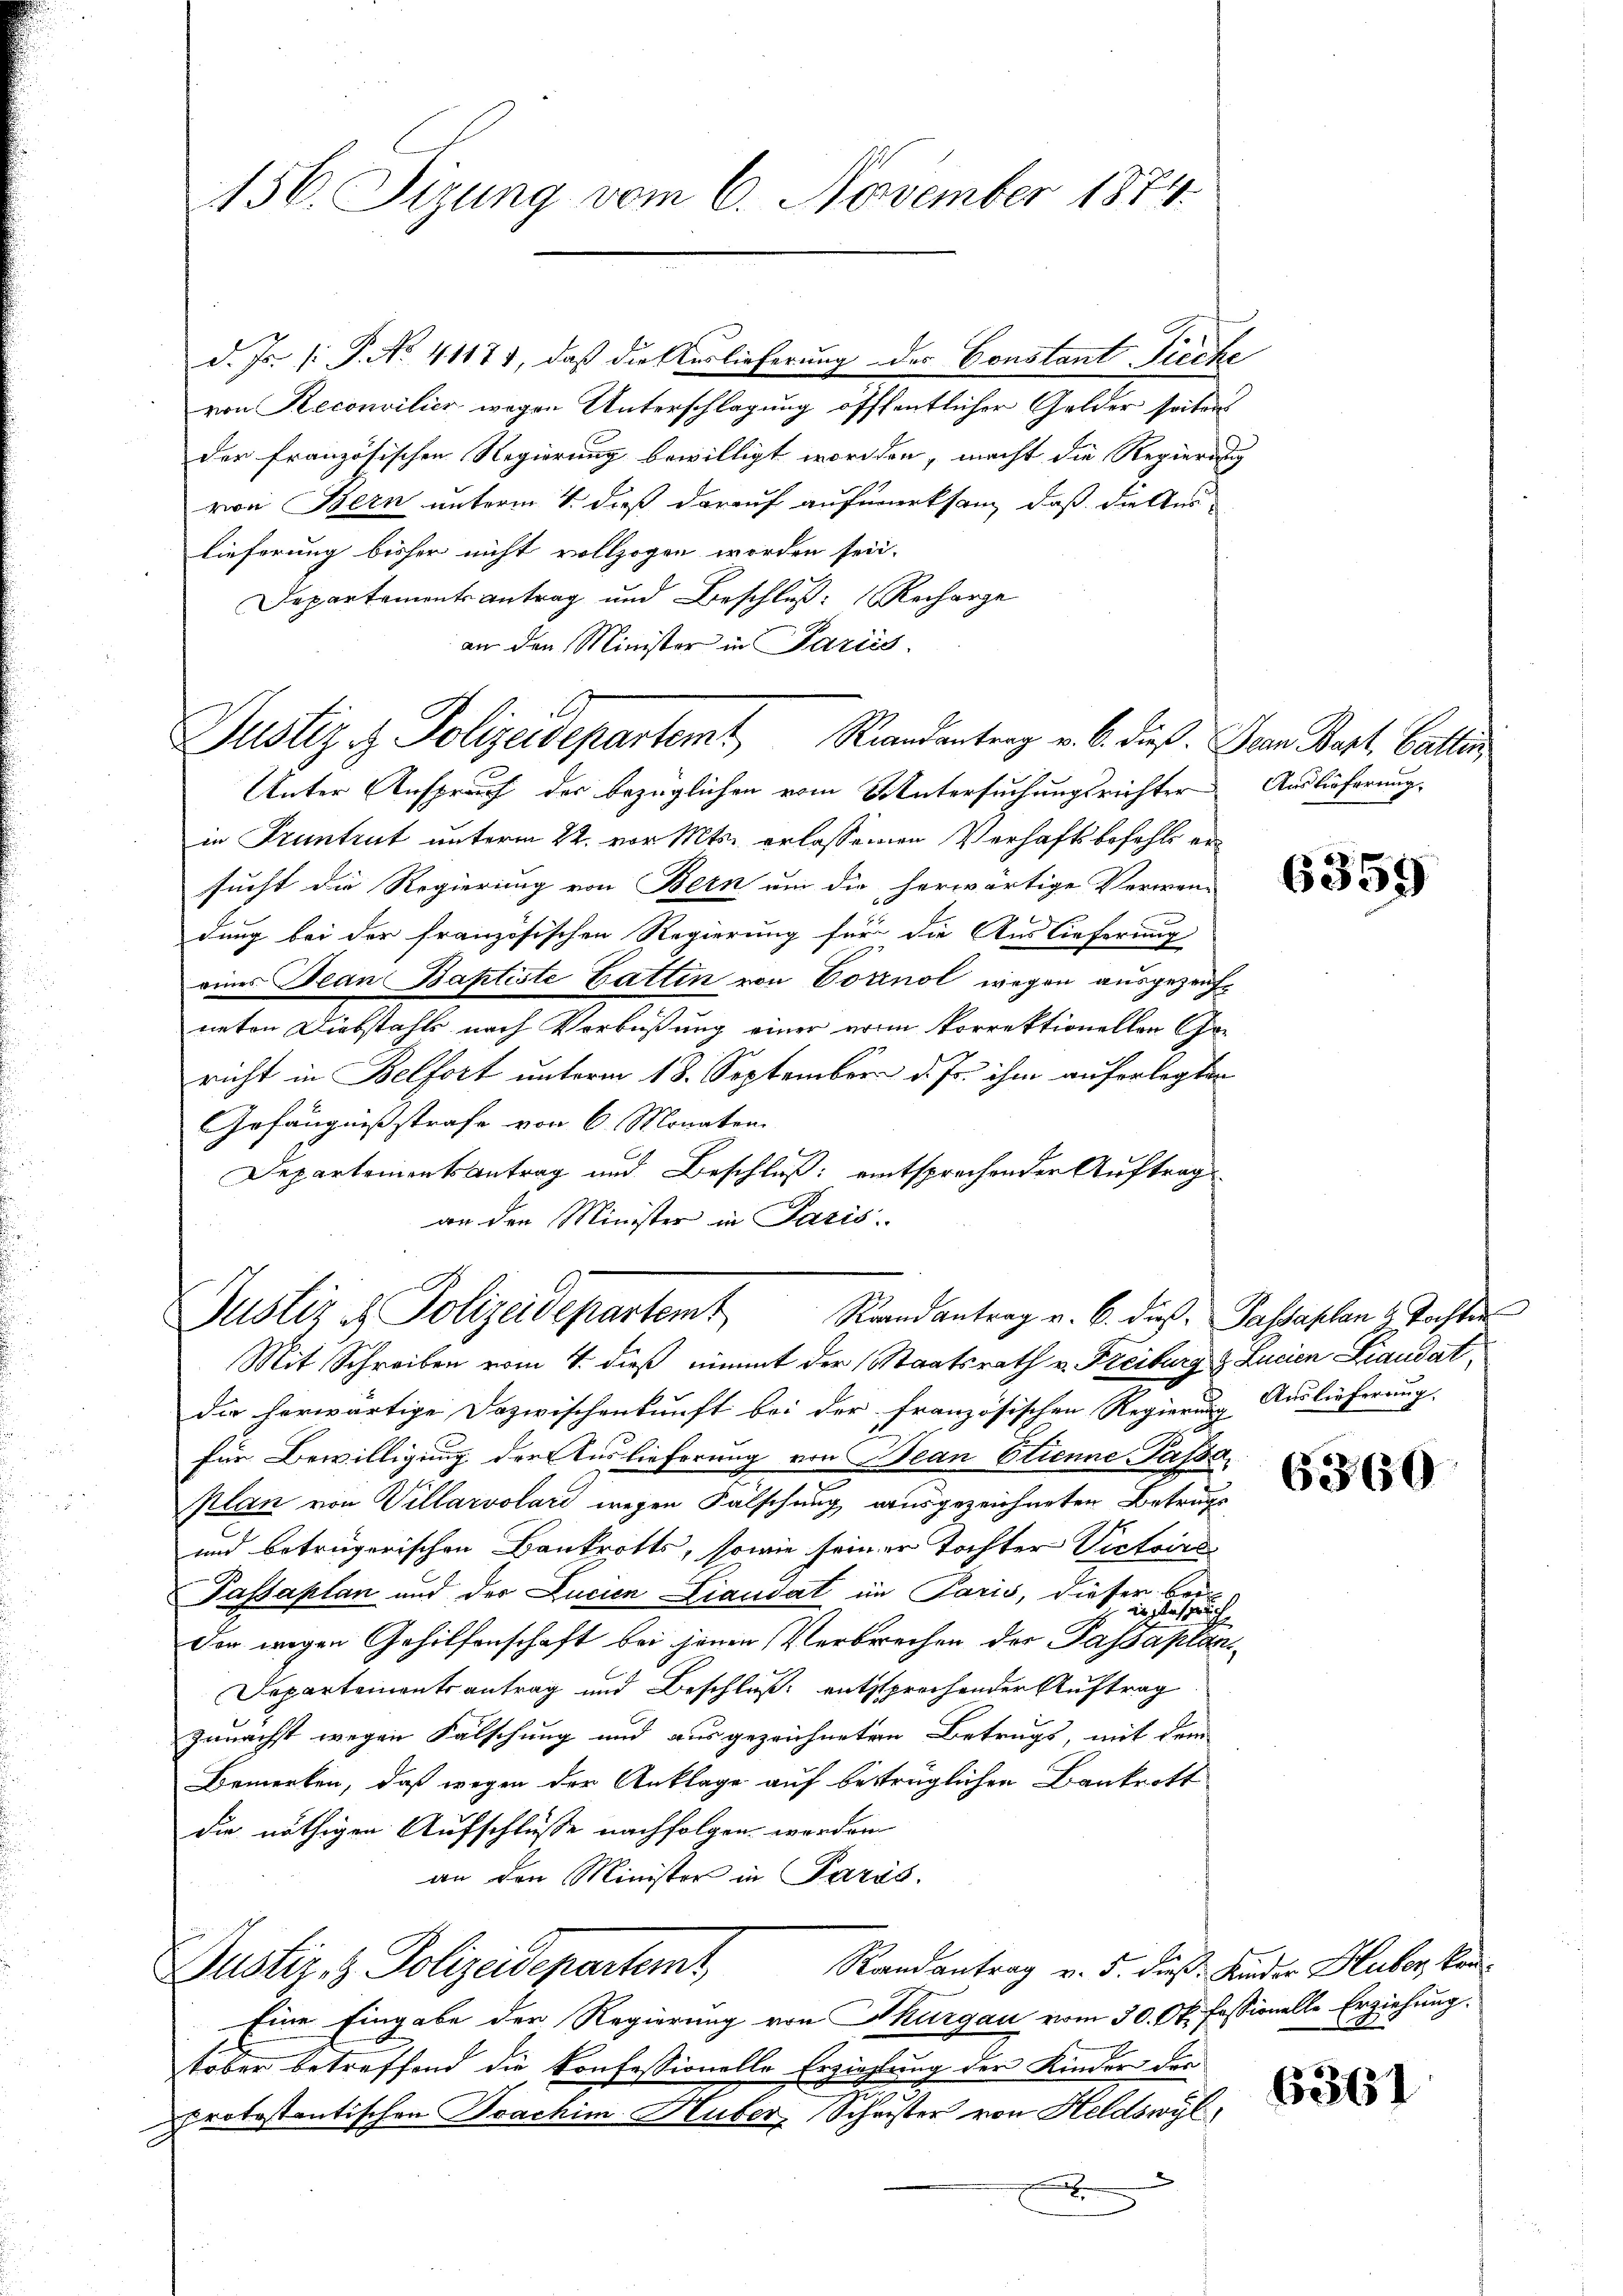
156. Sizung vom 6. November 1874.

d. Js. (: P. No. 41173, daß die Verlieferung des Constant Fieche
von Reconsilier wegen Unterschlagung öfffentlicher Gelder seiter
der französischen Regierung bewilligt worden, macht die Regierung
von Bern unterm 4. daß darauf aufmerksam, daß die Auslieferung bisher nicht vollzogen worden sei.
Departements Antrag und Beschluß: Recharge
an den Minister in Partis
Unter Anspruch der bezüglichen vom Untersuchungsrichter Auslieferung
in Pruntrut unterm 22. vor Mts. erlassenen Verhaftsbefehls ersucht die Regierung von Bern um die herwärtige Verwen-
dung bei der französischen Regierung für die Auslieferung
eines Jean Baptiste Gatten von Vorinol wegen ausgezahneten Diebstahls nach Verbüßung einer erin Vorrektionellen Choricht in Belfort unterm 18. September d. Js. ihm auferlegten
Gefängnißstrafe von 6 Monaten
Departementsantrag und Beschluß: entsprechender Auftrag
an den Minister in Paris

Justiz & Polizeidepartemt Randantrag v. 6. dieß. Der Bart. Gallen

Justiz & Polizeidepartemt Randantrag v. 6. diese Passaplan & Tochten

Mit Schreiben vom 4. dieß nimmt der Staatsrath v. Freiburg & Lucien Liaudat
die herwärtige Dazwischenkunft bei der französischen Regierung Auslieferung.
für Bewilligung der Auslieferung von Bean Stienne Passa
plan von Villarvolari wegen Falschung ausgezeichneten Betrugs
und betrügerischen Bankrotts, sowie seiner Tochter Victoirs
Passaplan und der Lucien Liaudat im Paris, dieser bei
der wegen Gehilfenschaft bei jenen Verbrechen der Fasten eine
Departementsantrag und Beschluß: entsprochender Auftrag
zunächst wegen Fälschung und ausgezeichneten Betrugs, mit dem
Bemerken, daß wegen der Anklage auf bestrüglichen Bankrott
die nöthigen Aufschlüße nachfolgen worden
an den Minister in Paris.
Randantrag v. 5. dieß. Kinder Huber kon¬
Justiz- & Polizeidepartemt,
Eine Eingabe der Regierung von Thurgau vom 30. Ok. Passionelle Erziehung.
tober betreffend die Konfessionelle Erziehung der Kinder des
protostantischen Joachim Huber, Schwister von Heldswyl,
x
x

6359

6360

6361